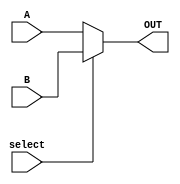
module MUX5bit(
    input [4:0] A,
    input [4:0] B,
    input select,
    output reg [4:0] OUT
    );
       
    always @(*) begin
        if (select == 1'd0 )
            OUT = A;
        else
            OUT = B;
    end
endmodule